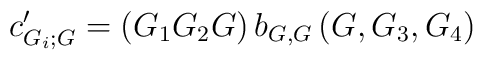
c_{G_{i};G}^{\prime }=(G_{1}G_{2}G)\,b_{G,G}\,(G,G_{3},G_{4})